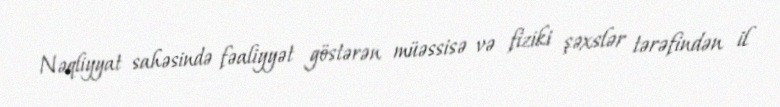
Nəqliyyat sahəsində fəaliyyət göstərən müəssisə və fiziki şəxslər tərəfindən il